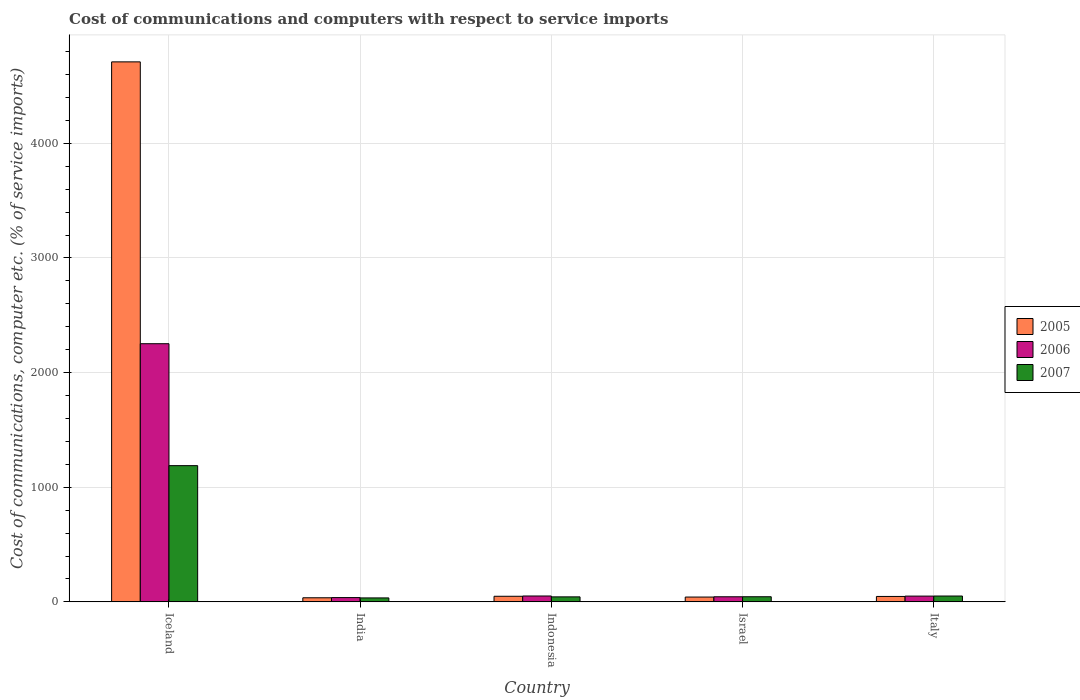
| Country | 2005 | 2006 | 2007 |
 | --- | --- | --- | --- |
 | Iceland | 4.71e+03 | 2.25e+03 | 1.19e+03 |
 | India | 35.8 | 37.4 | 34.6 |
 | Indonesia | 48.8 | 51.3 | 43.7 |
 | Israel | 42 | 44.5 | 44.8 |
 | Italy | 47.3 | 50.3 | 51.1 |